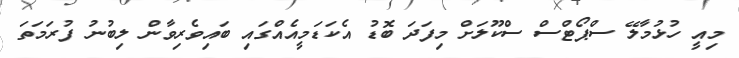
މިއީ ހުޅުމާލޭ ސްޕޯޓްސް ސްކޫލަށް މިފަދަ ބޮޑު އެކަޑަމީއެއްގައި ބައިވެރިވާން ލިބުނު ފުރަމަތަ